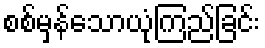
စစ်မှန်သောယုံကြည်ခြင်း